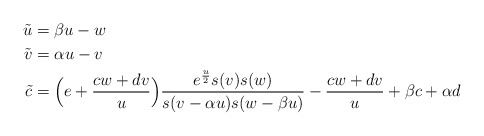
\begin{align*}\tilde u & =\beta u-w \cr\tilde v & =\alpha u -v \cr\tilde c & = \Big(e+{cw+dv\over u}\Big){ e^{u\over2}s(v)s(w)\over s(v-\alpha u)s(w-\beta u)}- {cw+dv\over u} +\beta c+\alpha d\end{align*}